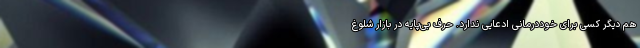
هم دیگر کسی برای خوددرمانی ادعایی ندارد. حرف بی‌پایه در بازار شلوغ